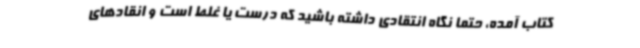
کتاب آمده، حتما نگاه انتقادی داشته باشید که درست یا غلط است و انقادهای